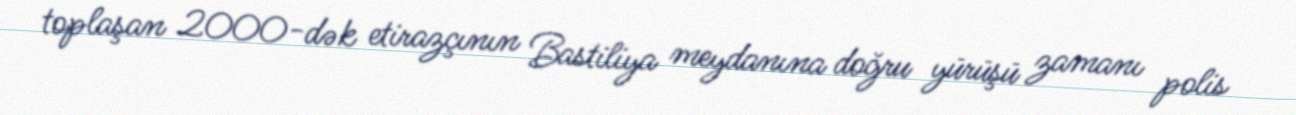
toplaşan 2000-dək etirazçının Bastiliya meydanına doğru yürüşü zamanı polis